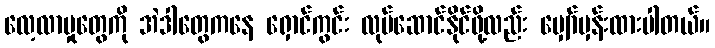
လေ့လာမှုတွေကို အဲဒါတွေကနေ ရှောင်ကွင်း လုပ်ဆောင်နိုင်ဖို့လည်း မျှော်မှန်းထားပါတယ်။